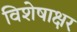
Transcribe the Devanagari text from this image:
विशेषाक्षर